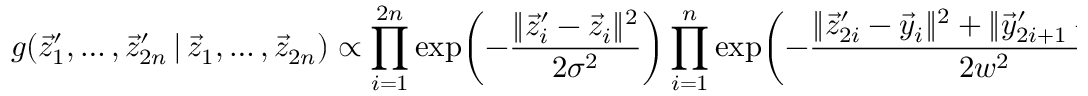
g ( \vec { z } _ { 1 } ^ { \prime } , \dots , \vec { z } _ { 2 n } ^ { \prime } \, | \, \vec { z } _ { 1 } , \dots , \vec { z } _ { 2 n } ) \propto \prod _ { i = 1 } ^ { 2 n } \exp \! \left( - \frac { \lVert \vec { z } _ { i } ^ { \prime } - \vec { z } _ { i } \rVert ^ { 2 } } { 2 \sigma ^ { 2 } } \right) \prod _ { i = 1 } ^ { n } \exp \! \left( - \frac { \lVert \vec { z } _ { 2 i } ^ { \prime } - \vec { y } _ { i } \rVert ^ { 2 } + \lVert \vec { y } _ { 2 i + 1 } ^ { \prime } - \vec { y } _ { i } \rVert ^ { 2 } } { 2 w ^ { 2 } } \right) ,